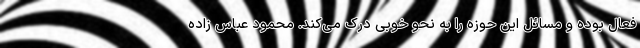
فعال بوده و مسائل این حوزه را به نحو خوبی درک می‌کند. محمود عباس زاده